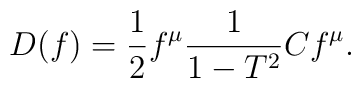
D(f)=\frac{1}{2}f^\mu\frac{1}{1-T^2}Cf^\mu.